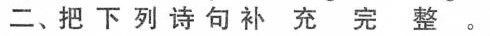
二、把下列诗句补充完整。